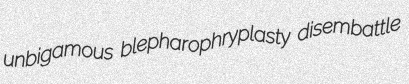
unbigamous blepharophryplasty disembattle